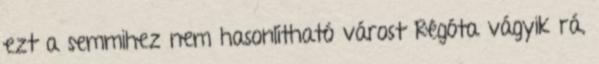
ezt a semmihez nem hasonlítható várost Régóta vágyik rá,